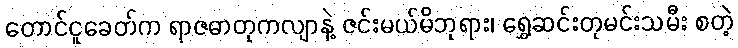
တောင်ငူခေတ်က ရာဇဓာတုကလျာနဲ့ ဇင်းမယ်မိဘုရား၊ ရွှေဆင်းတုမင်းသမီး စတဲ့